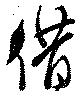
借